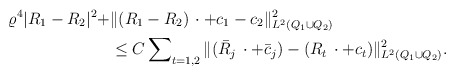
\begin{align*}\varrho^4|R_1 - R_2|^2 + &\Vert (R_1 - R_2)\,\cdot + c_1 - c_2\Vert^2_{L^2( Q_1 \cup Q_2)} \\&\le C\sum\nolimits_{t=1,2} \Vert (\bar{R}_{j}\, \cdot + \bar{c}_j) - (R_{t}\, \cdot + c_t)\Vert^2_{L^2(Q_1 \cup Q_2)}.\end{align*}